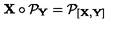
{ \bf X } \circ { \cal P } _ { \bf Y } = { \cal P } _ { [ { \bf X } , { \bf Y } ] }